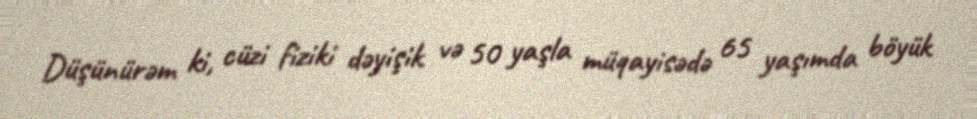
Düşünürəm ki, cüzi fiziki dəyişik və 50 yaşla müqayisədə 65 yaşımda böyük